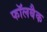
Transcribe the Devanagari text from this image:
फॉलबैक